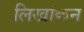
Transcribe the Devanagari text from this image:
लिखांकन